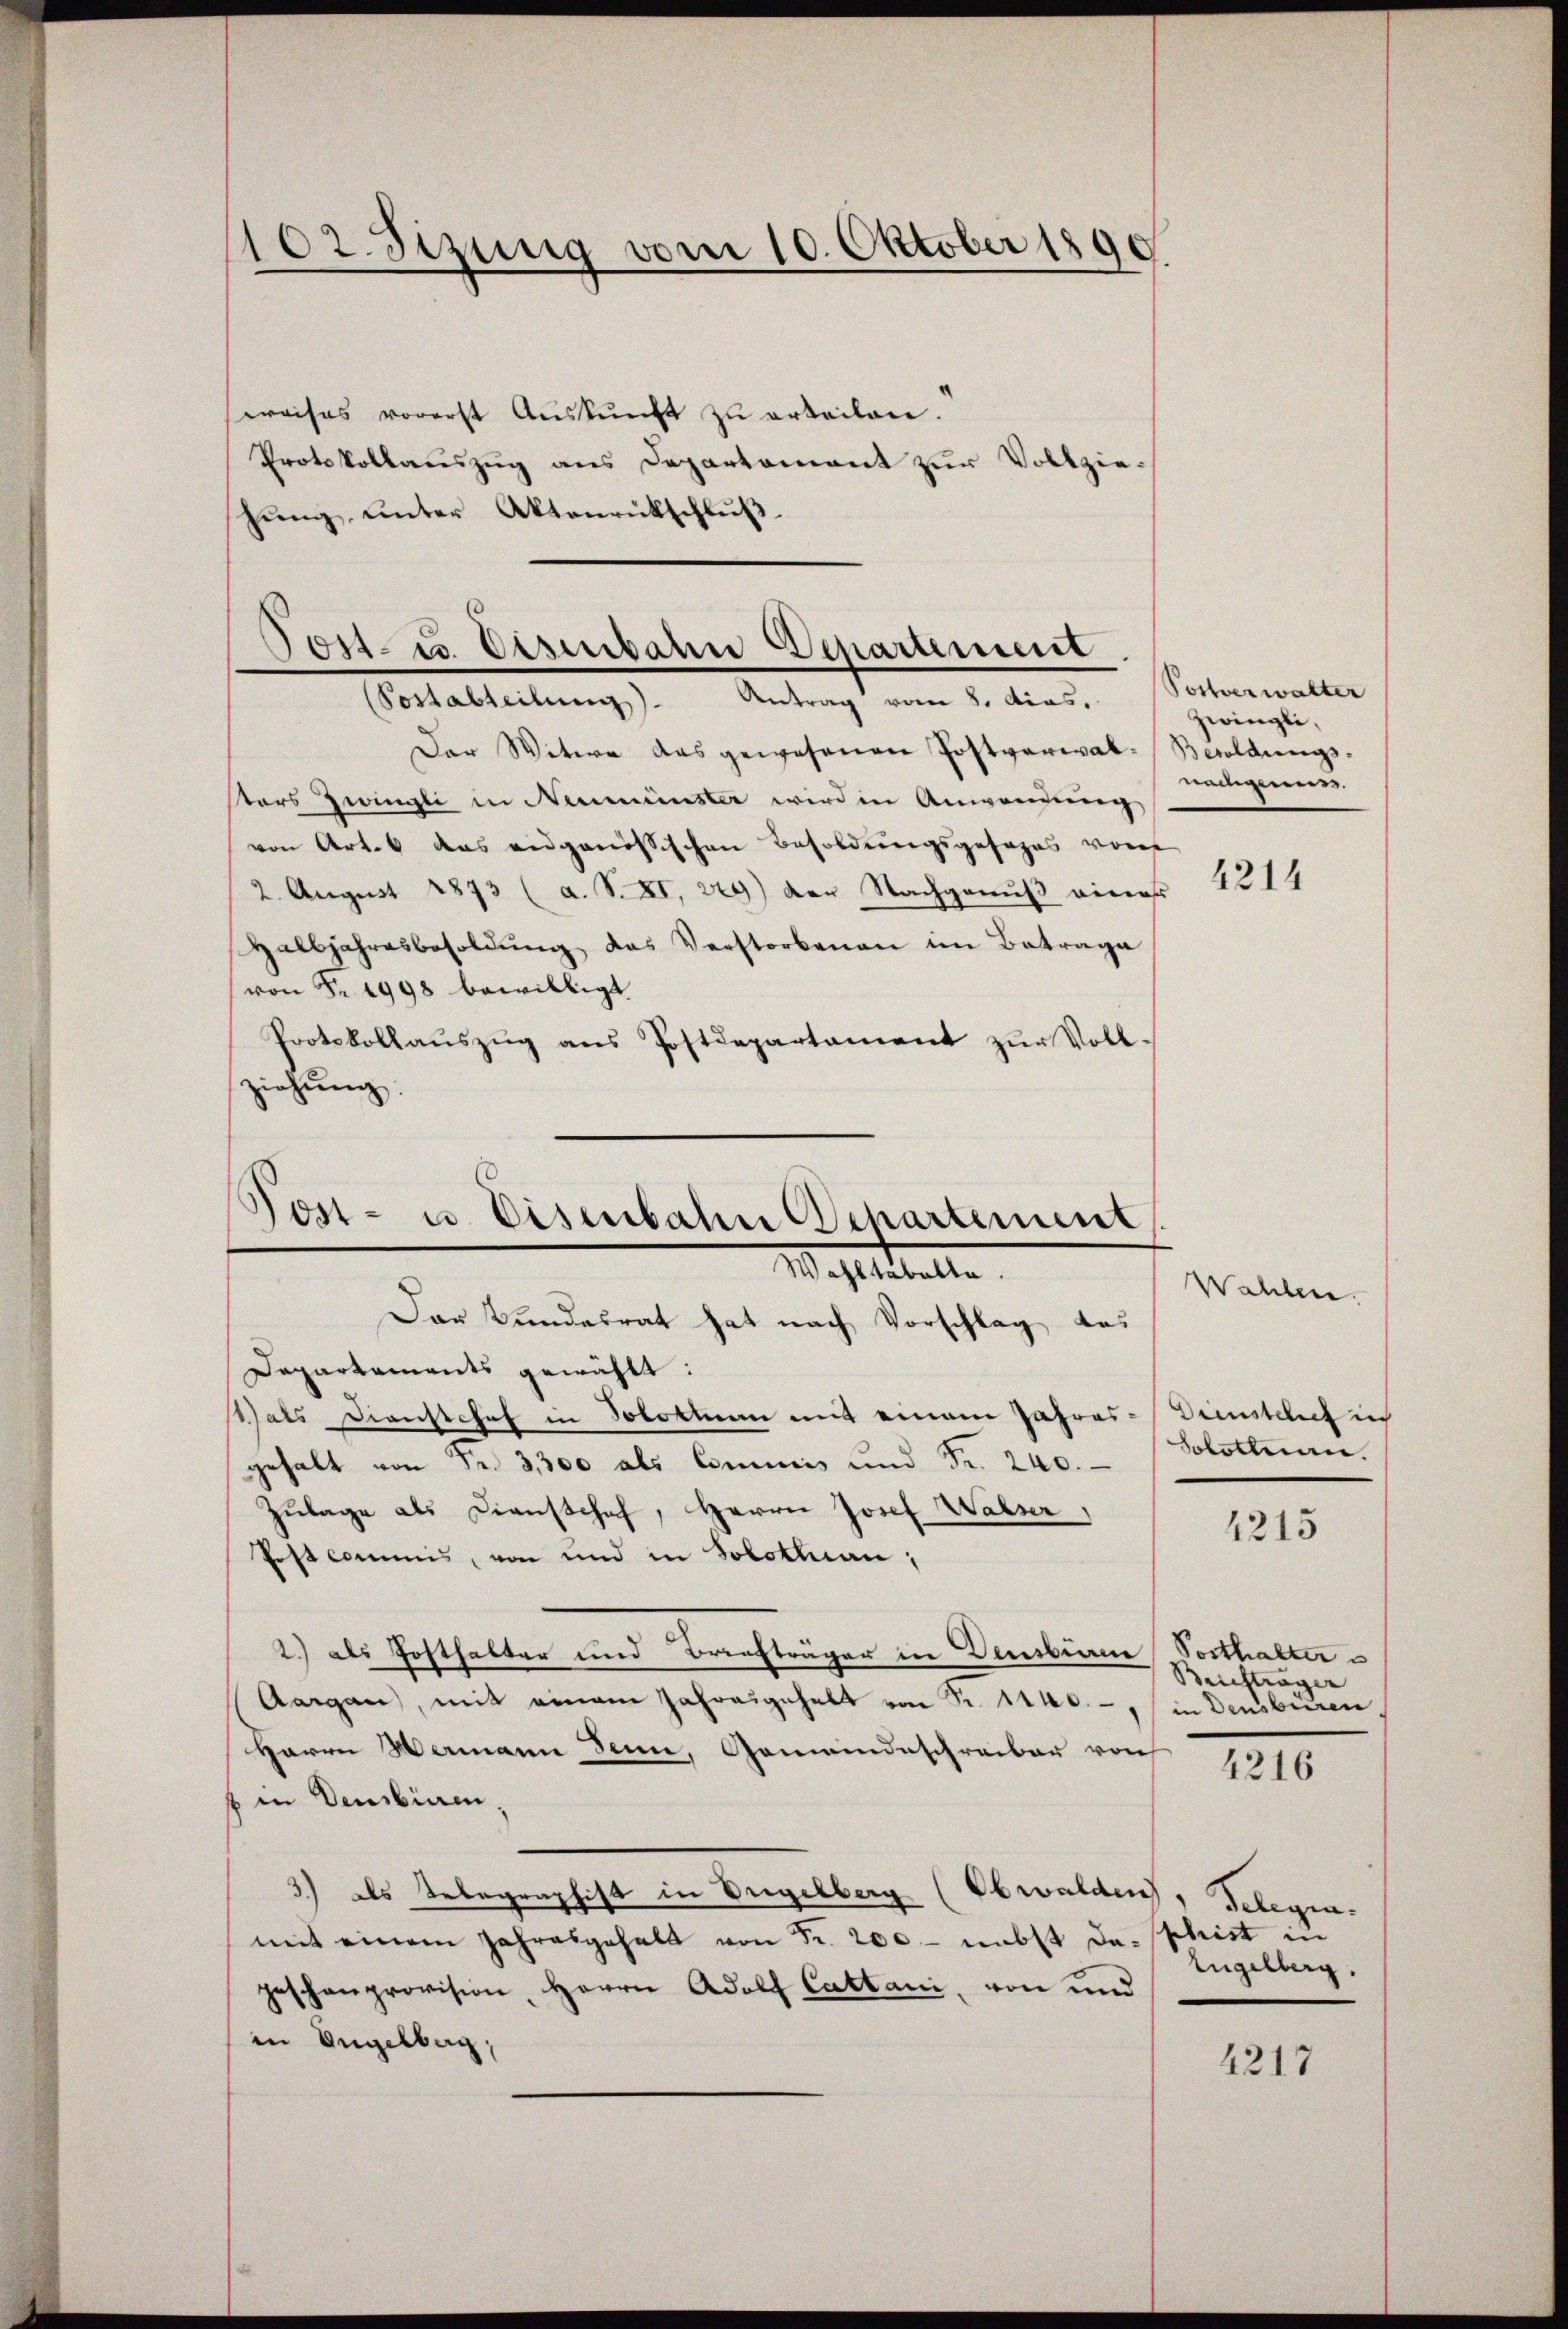
102. Sizung vom 10. Oktober 1890
.

weises vorerst Aŭskŭnft zŭ erteilen.
Protokollauszug aus Departement zur Vollziehŭng ŭnter Aktenrückschlŭβ

Jost- u. Eisenbahn Departement.
(Postabteilŭng. Antrag vom 8. dies. (Vottverwalter

Der Witwe das gewesenen Postverwal-Besoldungs-
sters Zwingli in Neumünster wird in Anwendung
von Art. 6 das eidgenössischen Besoldungsgesages von
2. August 1873 (a. S. XI, 229) der Nachgenuß eines
Halbjahresbesoldŭng, das Verstorbenen im Betrage
von Fr. 1998 bewilligt
Protokollaŭszŭg ans Postdepartament zŭr Voll-
ziehung:

Post- u. Eisenbahn Departement
Weststelle

Der Bundesrat hat nach Vorschlag das
Departaments gewählt:
Rats Dienstchef in Solothur mit einem Jahres-Dienstellt in
gehalt von Fr. 3,300 als Commis und Fr. 240.
Zŭlage als Dienstchef, Herrn Josef Walser,
Post commis, von und in Solothurn;
2) als Posthalter und Briefträger in Densberen Posthalter
Aargau, mit einem Jahrengehalt von Fr. 1440.-, in Densburen,
Herrn Hermann denn, Gemeindeschreiber von
4216
f in densbiren,
3) als Telegraphist in Vergelberg (Obwalden, Gelegiamit einem Jahresgehalt von Fr. 200 - nebst da-phrist in
Engelberg.
geschenprovision, Herrn Adolf Cattani, von und
in Engelberg,
4217

zwingli,
gemess

4214

Wahlen.

Solothurn.

4215

Briefträger